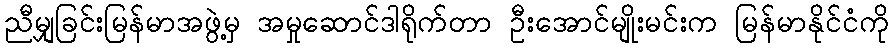
ညီမျှခြင်းမြန်မာအဖွဲ့မှ အမှုဆောင်ဒါရိုက်တာ ဦးအောင်မျိုးမင်းက မြန်မာနိုင်ငံကို